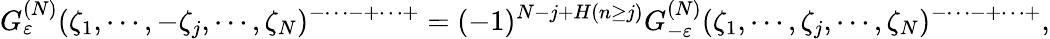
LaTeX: G_{\varepsilon}^{(N)}(\zeta_{1},\cdots,-\zeta_{j},\cdots,\zeta_{N})^{-\cdots-+\cdots+}=(-1)^{N-j+H(n\ge j)}G_{-\varepsilon}^{(N)}(\zeta_{1},\cdots,\zeta_{j},\cdots,\zeta_{N})^{-\cdots-+\cdots+},